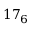
1 7 _ { 6 }